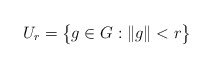
\begin{align*} U_r = \bigl\{ g \in G : \|g\| < r \bigr\}\end{align*}